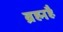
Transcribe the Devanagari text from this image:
ब्रह्महै